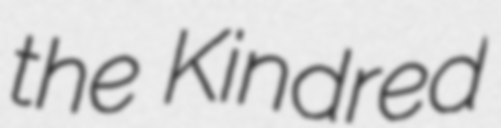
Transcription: the Kindred